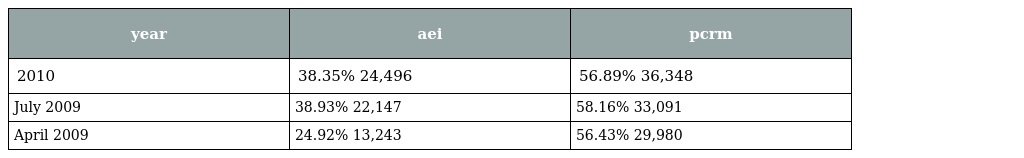
| year | aei | pcrm |
 | --- | --- | --- |
 | 2010 | 38.35% 24,496 | 56.89% 36,348 |
 | July 2009 | 38.93% 22,147 | 58.16% 33,091 |
 | April 2009 | 24.92% 13,243 | 56.43% 29,980 |